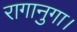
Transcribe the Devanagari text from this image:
रागानुगा।